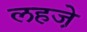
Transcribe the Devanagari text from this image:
लहजे़